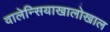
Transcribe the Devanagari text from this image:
वालेन्सियाखालोखाल